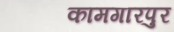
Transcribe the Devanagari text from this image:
कामगारपुर